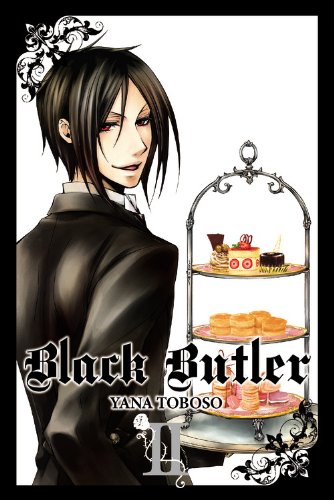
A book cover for Black Butler, Vol. 2; Comics & Graphic Novels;